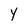
Character: y